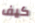
كيف